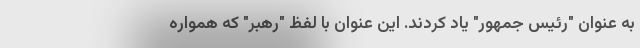
به عنوان "رئیس جمهور" یاد کردند. این عنوان با لفظ "رهبر" که همواره